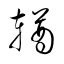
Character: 輏